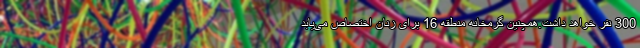
300 نفر خواهد داشت.همچنین گرمخانه منطقه 16 برای زنان اختصاص می‌یابد